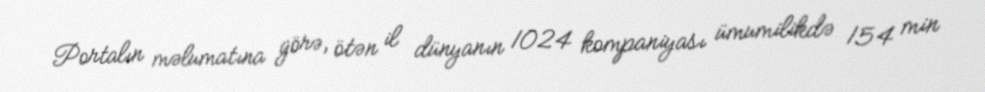
Portalın məlumatına görə, ötən il dünyanın 1024 kompaniyası ümumilikdə 154 min